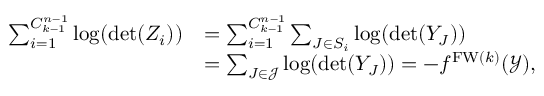
\begin{array} { r l } { \sum _ { i = 1 } ^ { { C _ { k - 1 } ^ { n - 1 } } } \log ( \operatorname* { d e t } ( Z _ { i } ) ) } & { = \sum _ { i = 1 } ^ { { C _ { k - 1 } ^ { n - 1 } } } \sum _ { J \in S _ { i } } \log ( \operatorname* { d e t } ( Y _ { J } ) ) } \\ & { = \sum _ { J \in \mathcal { J } } \log ( \operatorname* { d e t } ( Y _ { J } ) ) = - f ^ { \mathrm { F W } ( k ) } ( \mathcal { Y } ) , } \end{array}